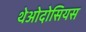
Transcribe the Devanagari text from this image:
थेओदोसियस